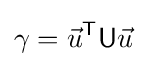
\gamma ={\vec {u}}^{\mathsf {T}}{\mathsf {U}}{\vec {u}}